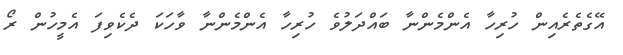
އޭގެތެރެއިން ހުރިހާ އެންމެންނާ ބައްދަލުވެ ހުރިހާ އެންމެންނާ ވާހަކަ ދެކެވިފަ އެމީހުން ރޯ